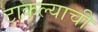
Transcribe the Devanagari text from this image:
टाकल्याची